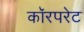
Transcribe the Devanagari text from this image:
कॉरपरेट